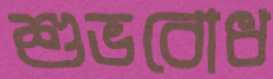
শুভবোধ